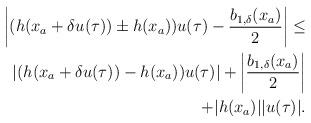
LaTeX: \begin{align*}\begin{aligned}\left|(h(x_a+\delta u(\tau))\pm h(x_a))u(\tau)-\dfrac{b_{1,\delta}(x_a)}{2}\right| \le\\\left|(h(x_a+\delta u(\tau))- h(x_a))u(\tau)\right|+\left|\dfrac{b_{1,\delta}(x_a)}{2}\right|\\+|h(x_a)||u(\tau)|.\end{aligned}\end{align*}